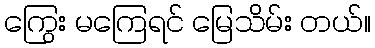
ကြွေး မကြေရင် မြေသိမ်း တယ်။